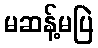
မဆန့်မပြဲ